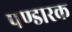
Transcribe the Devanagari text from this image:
पण्डारक